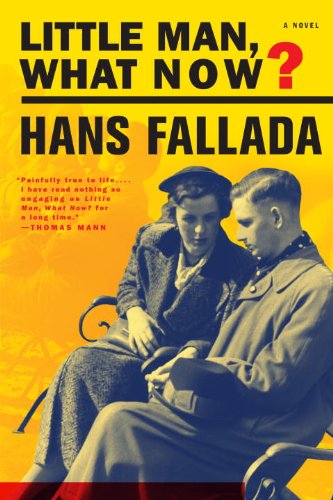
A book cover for Little Man, What Now?; Hans Fallada; Romance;